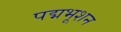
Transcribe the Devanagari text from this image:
पद्मभूशन